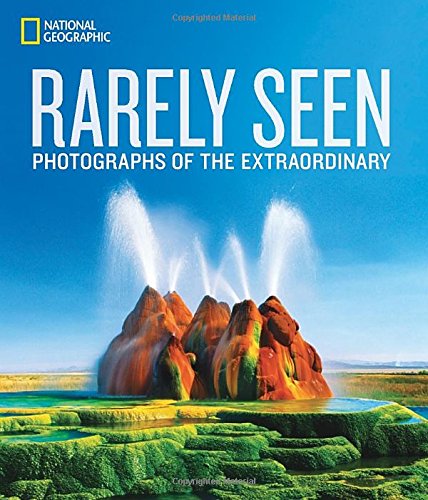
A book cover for National Geographic Rarely Seen: Photographs of the Extraordinary; National Geographic; Arts & Photography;